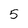
Character: 5